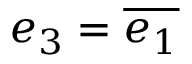
e _ { 3 } = { \overline { { e _ { 1 } } } }